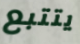
يتتبع